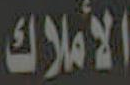
الأملاك